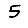
Digit: 5